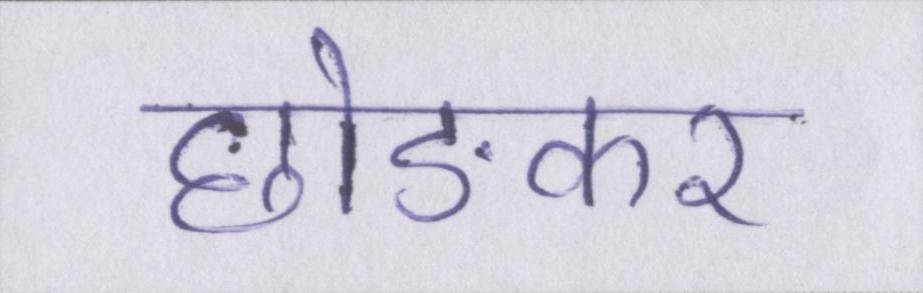
छोङकर